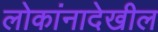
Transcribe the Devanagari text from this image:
लोकांनादेखील